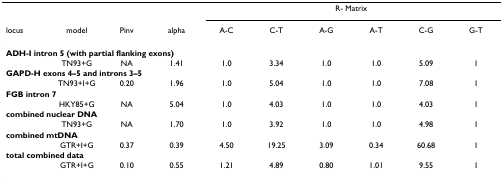
|  |  |  |  | <COLSPAN=6> R- Matrix |
 | locus | model | Pinv | alpha | A-C | C-T | A-G | A-T | C-G | G-T |
 | --- | --- | --- | --- | --- | --- | --- | --- | --- | --- |
 | <COLSPAN=10> ADH-I intron 5 (with partial flanking exons) |
 |  | TN93+G | NA | 1.41 | 1.0 | 3.34 | 1.0 | 1.0 | 5.09 | 1 |
 | <COLSPAN=10> GAPD-H exons 4–5 and introns 3–5 |
 |  | TN93+I+G | 0.20 | 1.96 | 1.0 | 5.04 | 1.0 | 1.0 | 7.08 | 1 |
 | <COLSPAN=10> FGB intron 7 |
 |  | HKY85+G | NA | 5.04 | 1.0 | 4.03 | 1.0 | 1.0 | 4.03 | 1 |
 | <COLSPAN=10> combined nuclear DNA |
 |  | TN93+G | NA | 1.70 | 1.0 | 3.92 | 1.0 | 1.0 | 4.98 | 1 |
 | <COLSPAN=10> combined mtDNA |
 |  | GTR+I+G | 0.37 | 0.39 | 4.50 | 19.25 | 3.09 | 0.34 | 60.68 | 1 |
 | <COLSPAN=10> total combined data |
 |  | GTR+I+G | 0.10 | 0.55 | 1.21 | 4.89 | 0.80 | 1.01 | 9.55 | 1 |